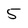
Character: 5